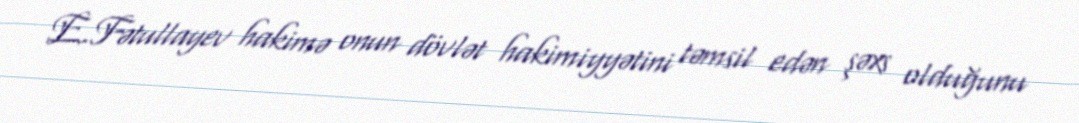
E.Fətullayev hakimə onun dövlət hakimiyyətini təmsil edən şəxs olduğunu